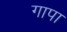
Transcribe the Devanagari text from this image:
गापा